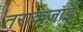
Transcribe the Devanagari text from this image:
तराकज़ाई